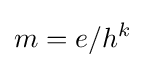
m=e/h^{k}